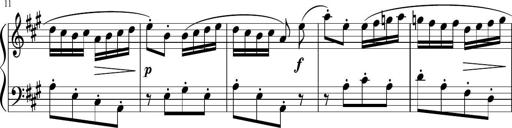
Title: 12 Keyboard Sonatinas
Composer: James Hook